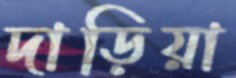
দাড়িয়া